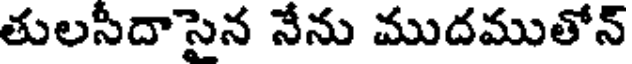
తులసీదాసైన నేను ముదముతోన్